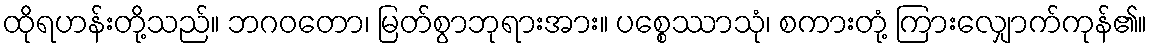
ထိုရဟန်းတို့သည်။ ဘဂဝတော၊ မြတ်စွာဘုရားအား။ ပစ္စေဿာသုံ၊ စကားတုံ့ ကြားလျှောက်ကုန်၏။